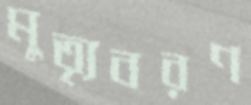
মুত্যৃবরণ